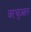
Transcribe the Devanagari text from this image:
वरचुअल